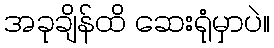
အခုချိန်ထိ ဆေးရုံမှာပဲ။